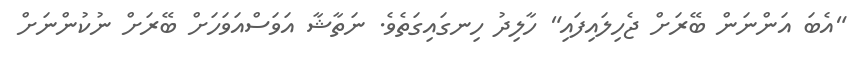
"އެބަ އަންނަން ބޭރަށް ޖެހިލައިފައި" ހާލިދު ހިނގައިގަތެވެ. ނަތާޝާ އަވަސްއަވަހަށް ބޭރަށް ނުކުންނަށް